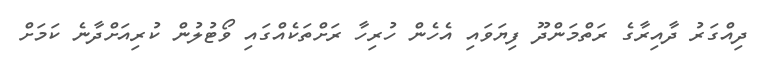
ދިއްގަރު ދާއިރާގެ ރަތްމަންދޫ ފިޔަވައި އެހެން ހުރިހާ ރަށްތަކެއްގައި ވޯޓުލުން ކުރިއަށްދާނެ ކަމަށް